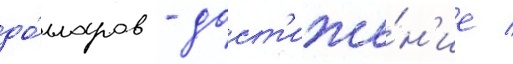
до́лларов - дост'иже́н'ие /